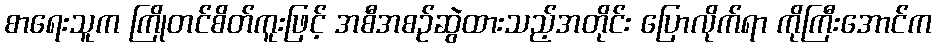
စာရေးသူက ကြိုတင်စိတ်ကူးဖြင့် အစီအစဉ်ဆွဲထားသည့်အတိုင်း ပြောလိုက်ရာ ကိုကြီးအောင်က